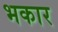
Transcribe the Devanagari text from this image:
भकार